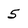
Character: 5